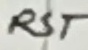
Text: RST